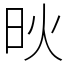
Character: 炚